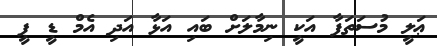
ޢަލީ މުސަތަފާ އަކީ ނިމާލަށް ބައި އަޅާ އަދި އެމް ޑީ ޕީ